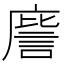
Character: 𭙮